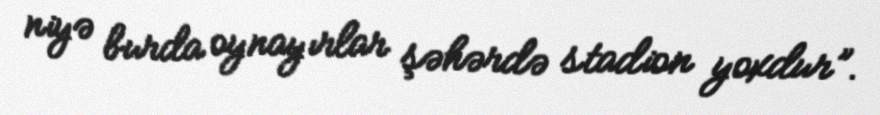
niyə burda oynayırlar şəhərdə stadion yoxdur”.